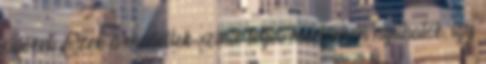
cipőket. Ezek a modellek szinte teljes mértékben nyithatók, így